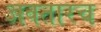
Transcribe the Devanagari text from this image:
अवतारच